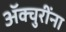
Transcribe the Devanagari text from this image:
ॲक्चुरींना